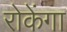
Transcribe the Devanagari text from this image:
रोकेंगा